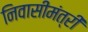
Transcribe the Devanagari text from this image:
निवासीमंत्री